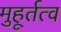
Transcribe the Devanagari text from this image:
मुहूर्तत्व